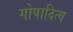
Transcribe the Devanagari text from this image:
गोपादित्य